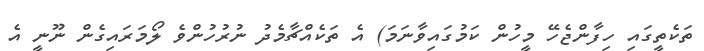
ތަކެތީގައި ހިފާންޖެހޭ މީހުން ކަމުގައިވާނަމަ) އެ ތަކެއްޗާމެދު ނުރުހުންވެ ލޯމަރައިގެން ނޫނީ އެ